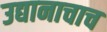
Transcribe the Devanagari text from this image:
उद्यानाचाच